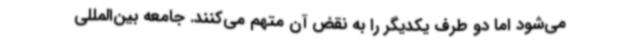
می‌شود اما دو طرف یکدیگر را به نقض آن متهم می‌کنند. جامعه بین‌المللی